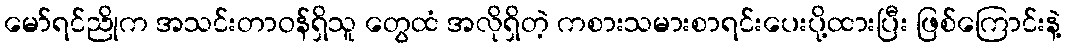
မော်ရင်ညိုက အသင်းတာဝန်ရှိသူ တွေထံ အလိုရှိတဲ့ ကစားသမားစာရင်းပေးပို့ထားပြီး ဖြစ်ကြောင်းနဲ့